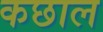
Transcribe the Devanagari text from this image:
कछाल